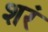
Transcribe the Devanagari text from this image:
शरं